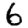
Digit: 6